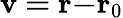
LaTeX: \mathbf{v=r-}\mathbf{r}_{0}